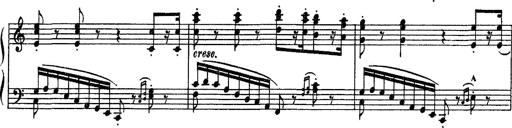
Title: Fantaisie sur des motifs favoris de l'opÃ©ra 'La sonnambula'
Composer: Franz Liszt